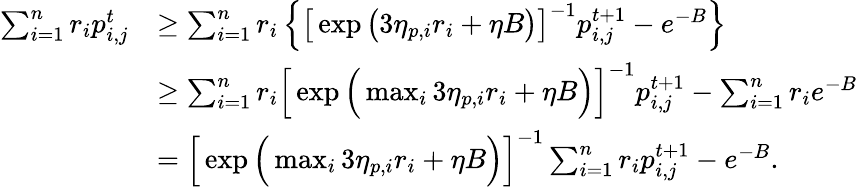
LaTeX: \begin{array}{rl}{\sum_{i=1}^{n}r_{i}p_{i,j}^{t}}&{\geq\sum_{i=1}^{n}r_{i}\left\{ \big[\exp\big(3\eta_{p,i}r_{i}+\eta B\big)\big]^{-1}p_{i,j}^{t+1}-e^{-B}\right\} }\\ &{\geq\sum_{i=1}^{n}r_{i}\Big[\exp\Big(\operatorname*{max}_{i}3\eta_{p,i}r_{i}+\eta B\Big)\Big]^{-1}p_{i,j}^{t+1}-\sum_{i=1}^{n}r_{i}e^{-B}}\\ &{=\Big[\exp\Big(\operatorname*{max}_{i}3\eta_{p,i}r_{i}+\eta B\Big)\Big]^{-1}\sum_{i=1}^{n}r_{i}p_{i,j}^{t+1}-e^{-B}.}\end{array}